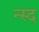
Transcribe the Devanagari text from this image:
न्स्द